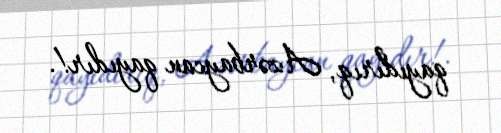
qayıdırıq, Azərbaycan qayıdır!.